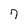
Character: 7